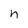
Character: n